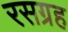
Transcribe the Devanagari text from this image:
रसग्रह